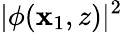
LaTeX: |\phi(\mathbf{x}_{1},z)|^{2}